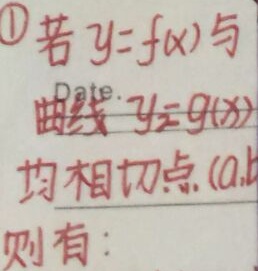
\textcircled{1} 若\(y = f(x)\)与曲线\(y = g(x)\)均相切于点\((a,b)\)，则有：